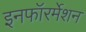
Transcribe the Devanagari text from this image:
इनफॉरर्मेशन